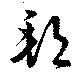
邦